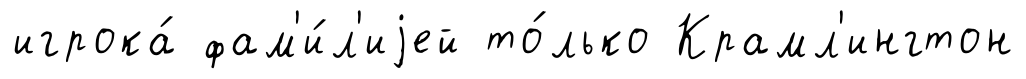
игрока́ фам'и́л'иjей то́лько Крамл'ингтон